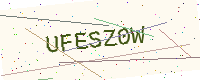
Text: UFESZ0W